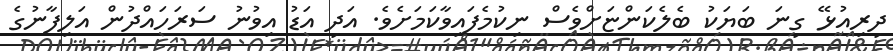
ދިރިއުޅޭ ގިނަ ބަޔަކު ބެލެކަންޏަށްވެސް ނިކުމެފައިވާކަމަށެވެ. އަދި އަޑު އިވުނު ސަރަހައްދުން އަލިފާނުގެ